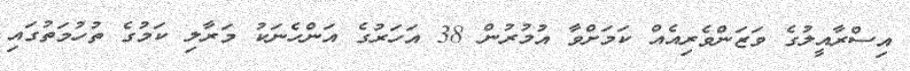
އިސްރާއީލުގެ ވަޒަންވެރިއެއް ކަމަށްވާ އުމުރުން 38 އަހަރުގެ އަންހެނަކު މަރާލި ކަމުގެ ތުހުމަތުގައި